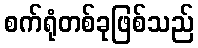
စက်ရုံတစ်ခုဖြစ်သည်